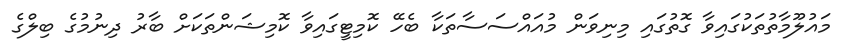
މައުލޫމާތުތަކުގައިވާ ގޮތުގައި މިނިވަން މުއައްސަސާތަކާ ބެހޭ ކޮމިޓީގައިވާ ކޮމިޝަންތަކަށް ބާރު ދިނުމުގެ ބިލްގެ